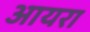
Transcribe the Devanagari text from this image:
आयरा